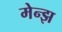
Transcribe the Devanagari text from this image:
मेन्झ